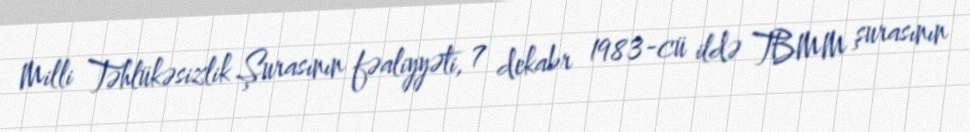
Milli Təhlükəsizlik Şurasının fəaliyyəti, 7 dekabr 1983-cü ildə TBMM şurasının